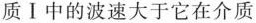
质Ⅰ中的波速大于它在介质介质